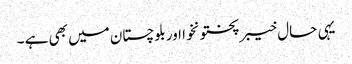
یہی حال خیبرپختونخوا اوربلوچستان میں بھی ہے ۔